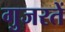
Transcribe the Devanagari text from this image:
गुजरतें